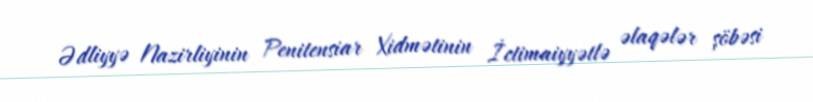
Ədliyyə Nazirliyinin Penitensiar Xidmətinin İctimaiyyətlə əlaqələr şöbəsi